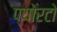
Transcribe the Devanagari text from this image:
प्योरटो